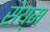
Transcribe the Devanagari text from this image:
सेय्म